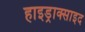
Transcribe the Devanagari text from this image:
हाइड्राक्साइद